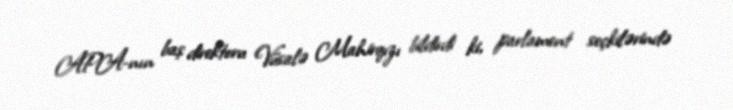
APA-nın baş direktoru Vüsalə Mahirqızı bildirdi ki, parlament seçkilərində